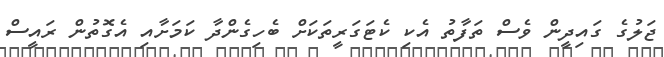
ޖަލުގެ ގައިދީން ވެސް ތަފާތު އެކި ކެޓަގަރީތަކަށް ބެހިގެންދާ ކަމަށާއި އެގޮތުން ރައީސް